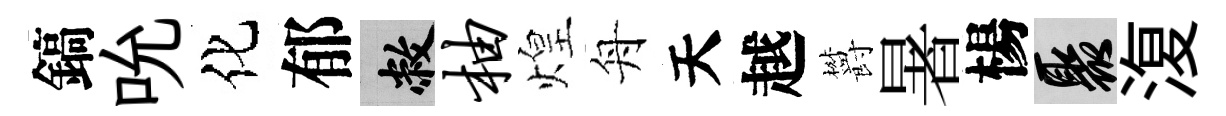
鎬吮化郁敝柚煌舟天越欝暑楊聚𣸪